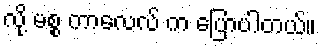
လို့ မစ္စ ကာလေလ် က ပြောပါတယ်။